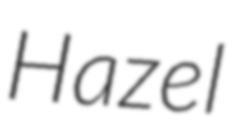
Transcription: Hazel